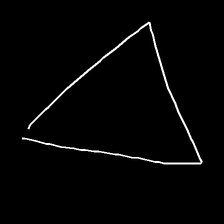
Glyph: convergence